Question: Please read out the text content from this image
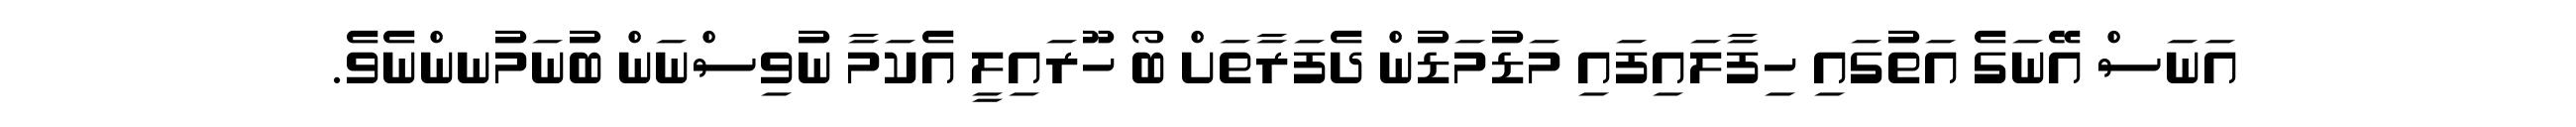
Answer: އަނަސް އޭނަގެ އަތުގައި ހިފާލައިފައި މަޑުމަޑުން ދެފަރާތަށް ބޯ ހޫރައިލީ އެކަމާ ނުވިސްނަން ބުނަމުނންނެވެ.